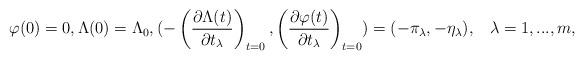
LaTeX: \begin{align*}\varphi(0)=0, \Lambda(0)=\Lambda_0,( -\left(\frac{\partial \Lambda(t)}{\partial t_{\lambda}}\right)_{t=0},\left(\frac{\partial \varphi(t)}{\partial t_{\lambda}}\right)_{t=0})=(-\pi_{\lambda},-\eta_{\lambda}),\,\,\,\,\, \lambda=1,...,m,\end{align*}